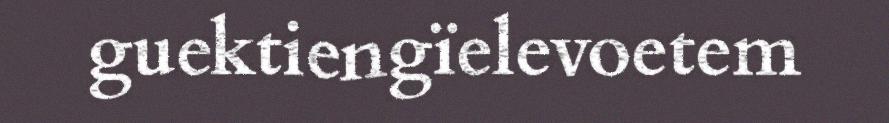
guektiengïelevoetem